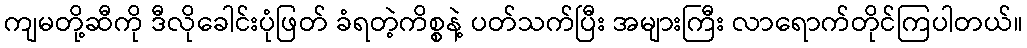
ကျမတို့ဆီကို ဒီလိုခေါင်းပုံဖြတ် ခံရတဲ့ကိစ္စနဲ့ ပတ်သက်ပြီး အများကြီး လာရောက်တိုင်ကြပါတယ်။